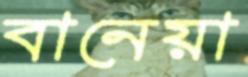
বানেয়া